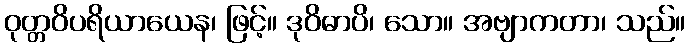
ဝုတ္တဝိပရိယာယေန၊ ဖြင့်။ ဒုဝိဓာပိ၊ သော။ အဗျာကတာ၊ သည်။